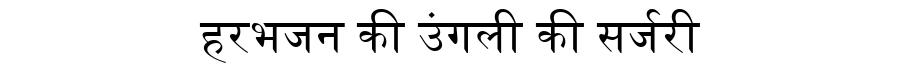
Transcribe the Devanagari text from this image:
हरभजन की उंगली की सर्जरी